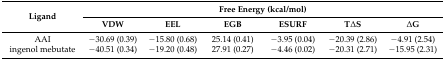
| <ROWSPAN=2> Ligand | <COLSPAN=6> Free Energy (kcal/mol) |
 | VDW | EEL | EGB | ESURF | TΔS | ΔG |
 | --- | --- | --- | --- | --- | --- | --- |
 | AAI | −30.69 (0.39) | −15.80 (0.68) | 25.14 (0.41) | −3.95 (0.04) | −20.39 (2.86) | −4.91 (2.54) |
 | ingenol mebutate | −40.51 (0.34) | −19.20 (0.48) | 27.91 (0.27) | −4.46 (0.02) | −20.31 (2.71) | −15.95 (2.31) |